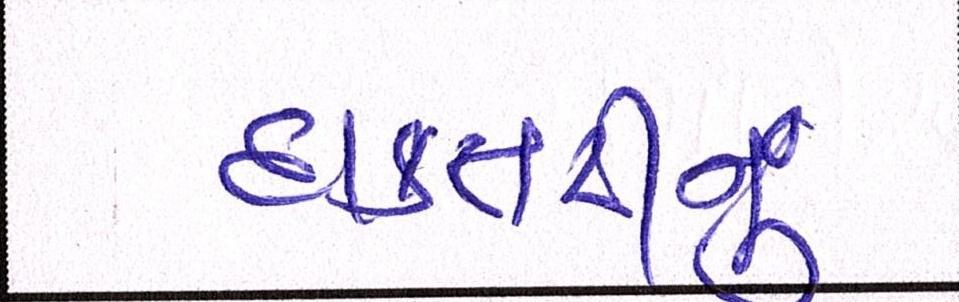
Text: દાક્તરીનું